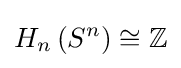
H_{n}\left(S^{n}\right)\cong \mathbb {Z}